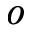
o